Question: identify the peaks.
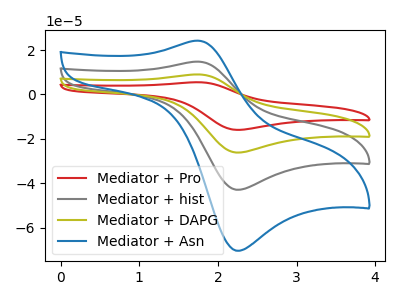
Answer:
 <answer>The red curve "Mediator + Pro" has an anodic peak at (1.75V, 44.30uA) and a cathodic peak at (2.30V, -128.75uA). The gray curve "Mediator + hist" has an anodic peak at (1.75V, 14.75uA) and a cathodic peak at (2.30V, -42.90uA). The olive curve "Mediator + DAPG" has an anodic peak at (1.75V, 29.50uA) and a cathodic peak at (2.30V, -85.85uA). The blue curve "Mediator + Asn" has an anodic peak at (1.75V, 24.20uA) and a cathodic peak at (2.30V, -70.40uA).</answer>
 <eval></eval>